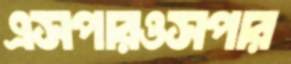
এসপারওসপার